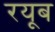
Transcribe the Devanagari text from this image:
रयूब